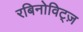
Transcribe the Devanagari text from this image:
रबिनोविट्ज़